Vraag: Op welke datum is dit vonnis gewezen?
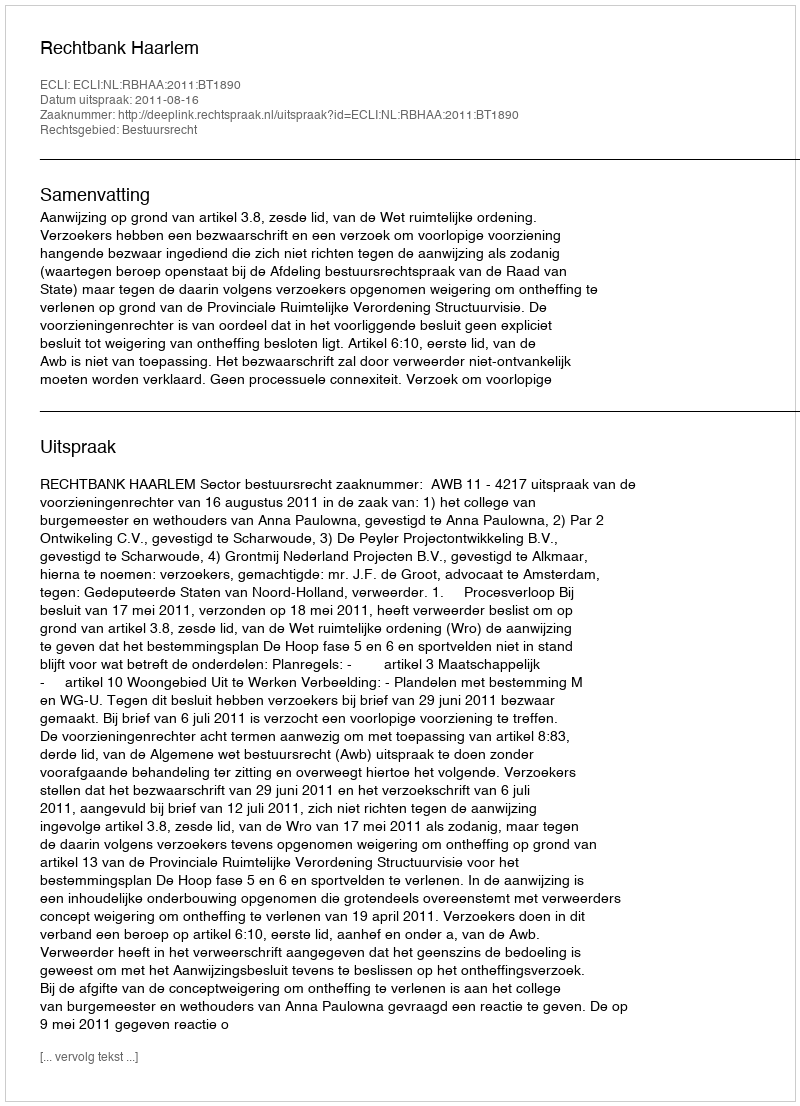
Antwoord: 2011-08-16